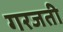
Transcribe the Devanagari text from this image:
गरजती